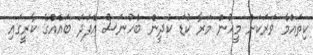
ކިތައްމެ ވަރަކަށް މީހުން މަރާ ކުޑަ ކުދީން ބެހުނަސް އެފަދަ ބައެއްގެ ކާރީގައި